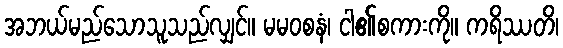
အဘယ်မည်သောသူသည်လျှင်။ မမဝစနံ၊ ငါ၏စကားကို။ ကရိဿတိ၊